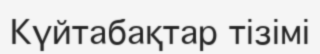
Күйтабақтар тізімі